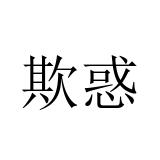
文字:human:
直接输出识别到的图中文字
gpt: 欺惑